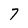
Character: 7